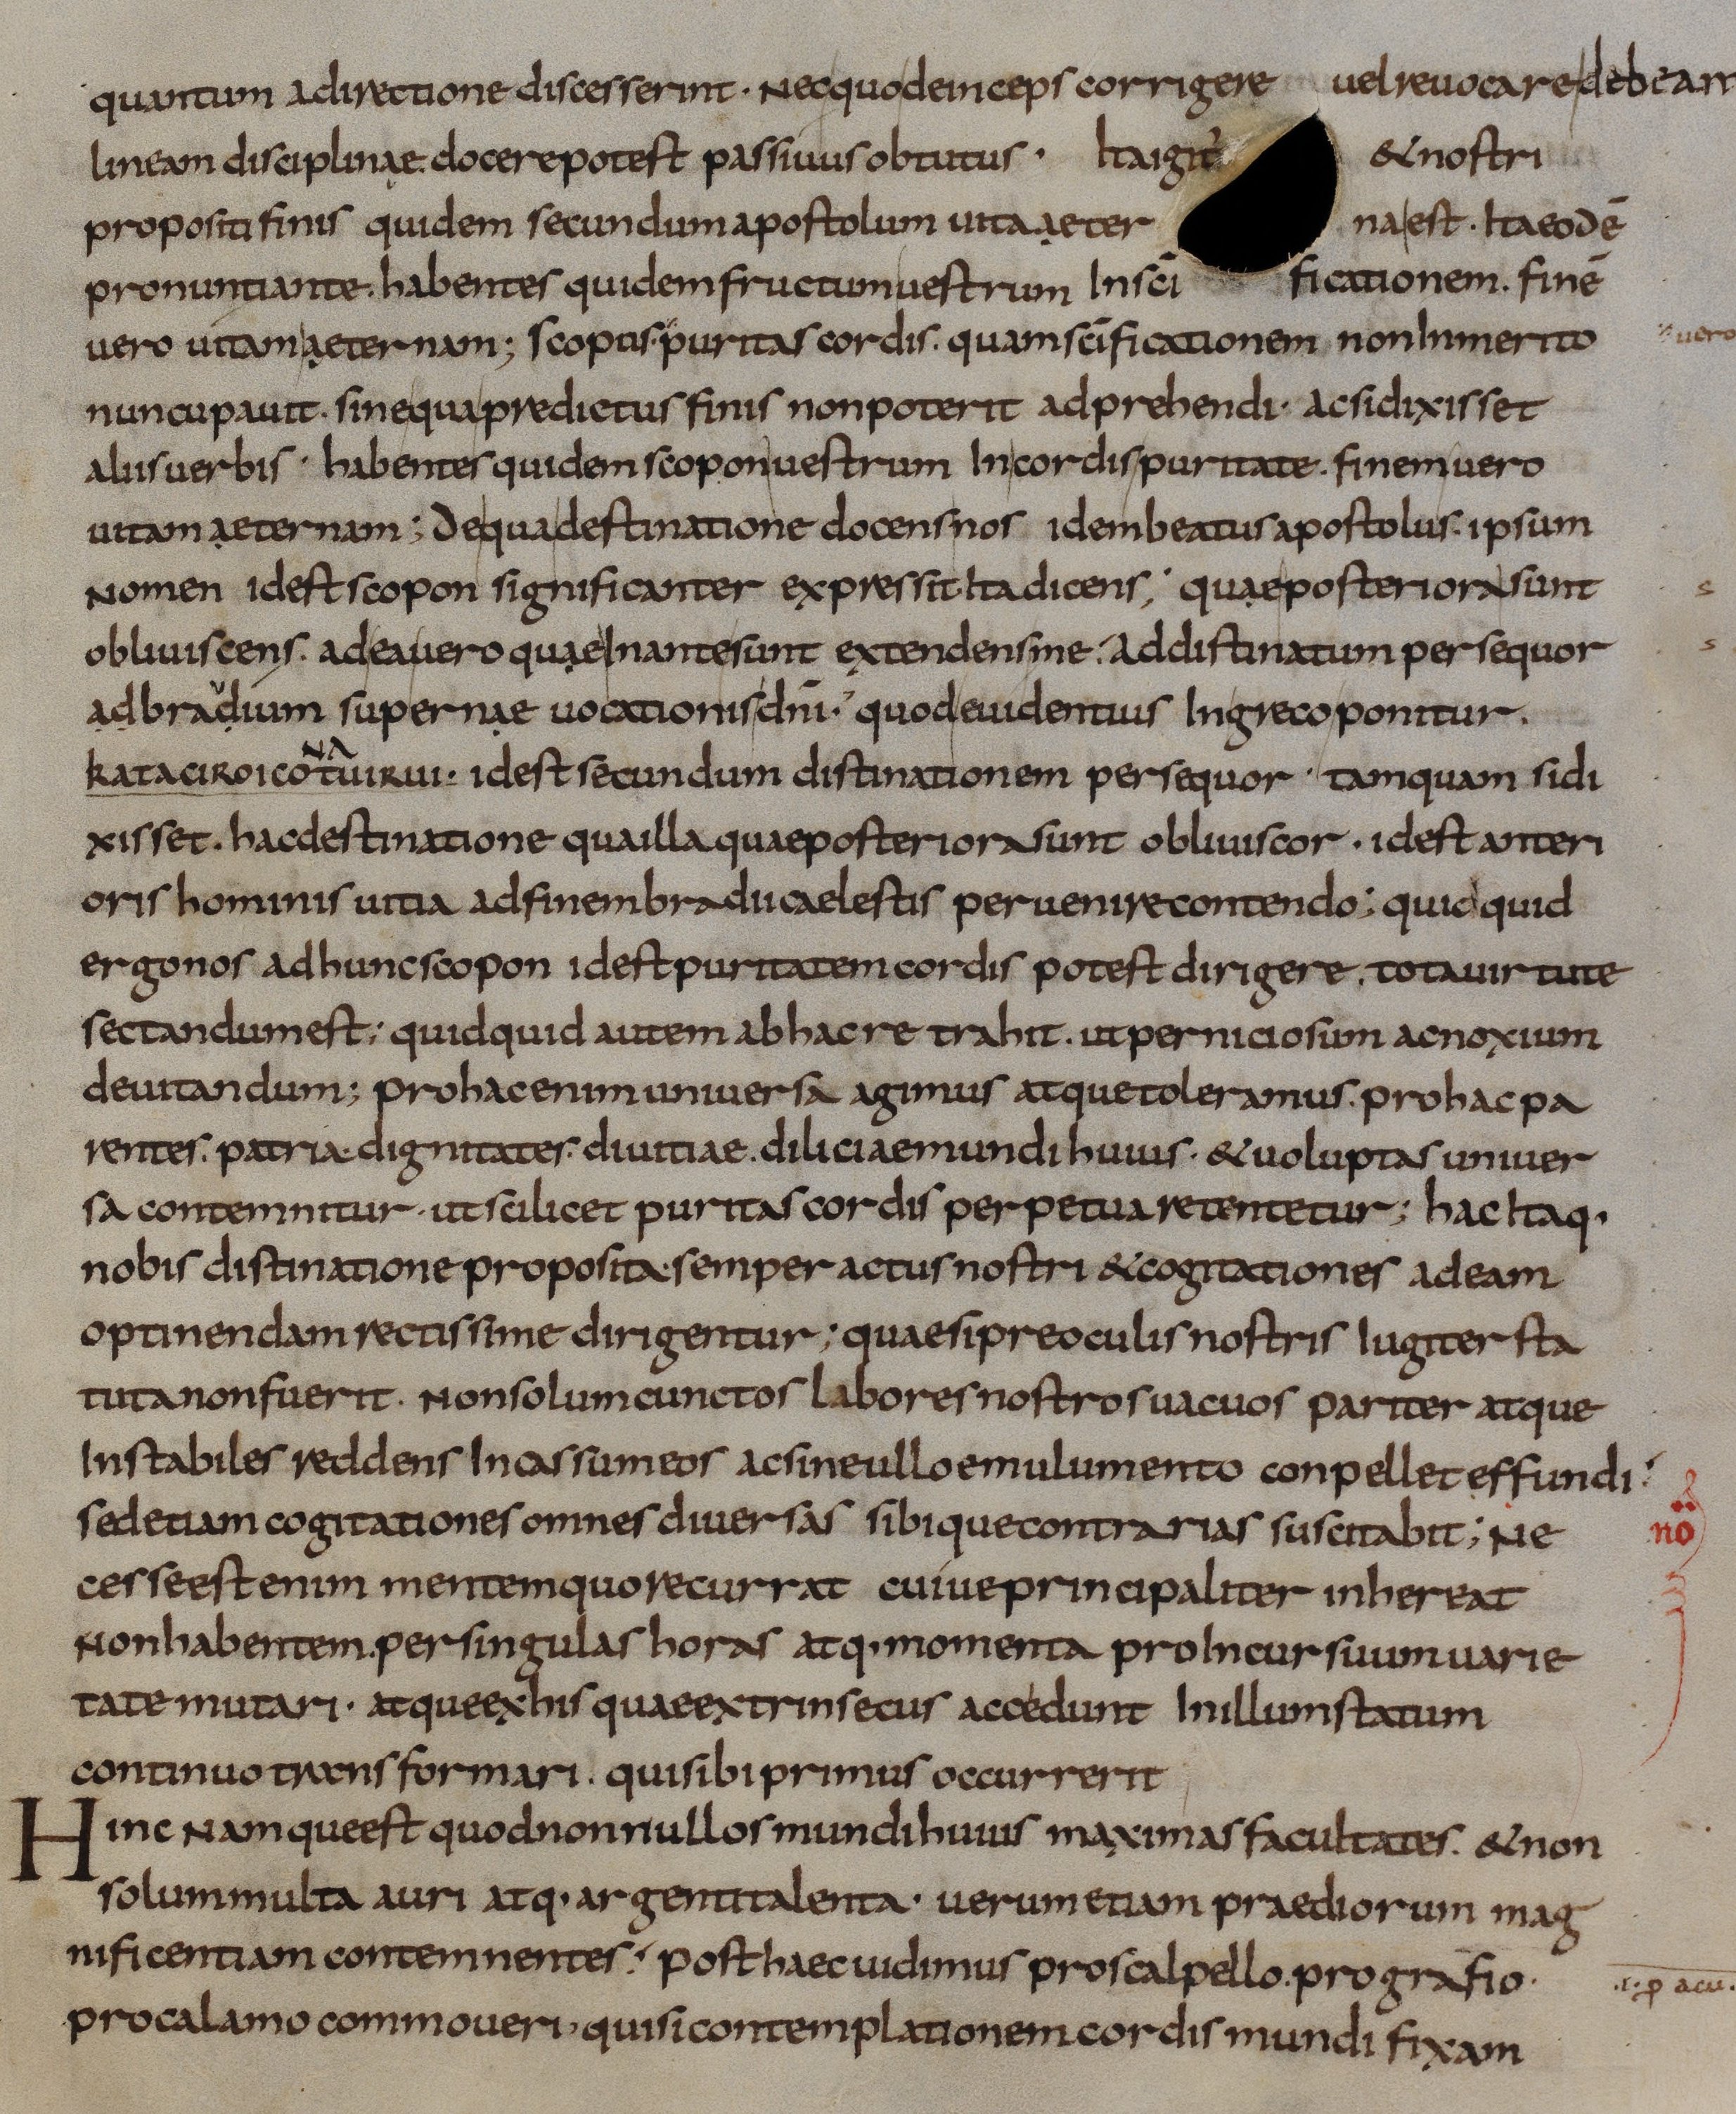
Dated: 833–865